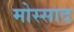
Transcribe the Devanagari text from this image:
मोस्साद